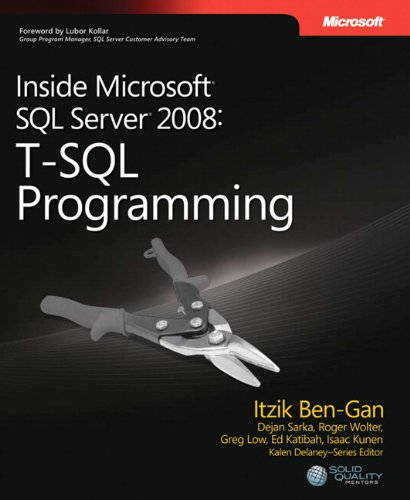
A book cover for Inside Microsoft SQL Server 2008 T-SQL Programming (Developer Reference); Itzik Ben-Gan; Computers & Technology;